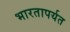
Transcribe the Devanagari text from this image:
भारतापर्यत